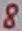
Text: 8